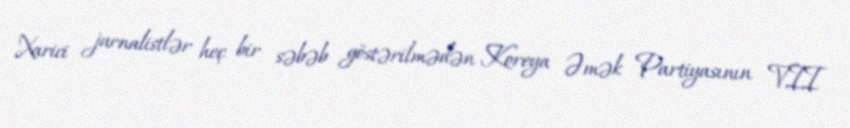
Xarici jurnalistlər heç bir səbəb göstərilmədən Koreya Əmək Partiyasının VII